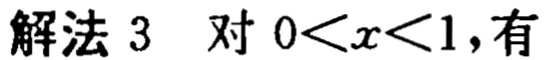
解法 3 对 \(0<x<1\)，有